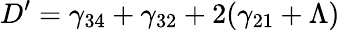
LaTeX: D^{\prime}=\gamma_{34}+\gamma_{32}+2(\gamma_{21}+\Lambda)